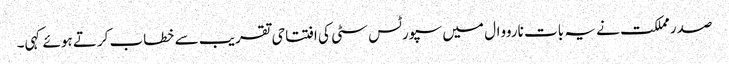
صدر مملکت نے یہ بات نارووال میں سپورٹس سٹی کی افتتاحی تقریب سے خطاب کرتے ہوئے کہی۔